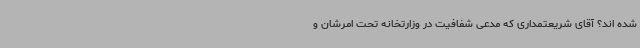
شده اند؟ آقای شریعتمداری که مدعی شفافیت در وزارتخانه تحت امرشان و